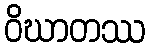
ဝိဃာတဿ